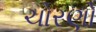
ચોરણો